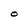
Character: O